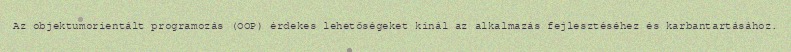
Az objektumorientált programozás (OOP) érdekes lehetőségeket kínál az alkalmazás fejlesztéséhez és karbantartásához.